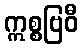
ဣစ္စဗြဝီ